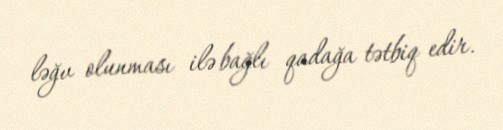
ləğv olunması ilə bağlı qadağa tətbiq edir.